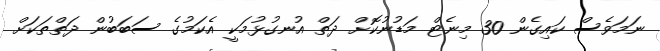
ނަމަވެސް ކައިގެން 30 މިނެޓް މަޑުނުކޮށް ދަތް އުނގުޅުމަކީ އެކަމުގެ ސަބަބުން ދަތްތަކަށް